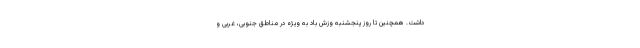
داشت. همچنین تا روز پنجشنبه وزش باد به ویژه در مناطق جنوبی، غربی و